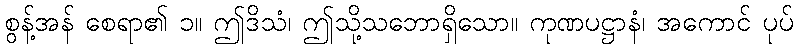
စွန့်အန် စေရာ၏ ၁။ ဤဒိသံ၊ ဤသို့သဘောရှိသော။ ကုဏပဋ္ဌာနံ၊ အကောင် ပုပ်